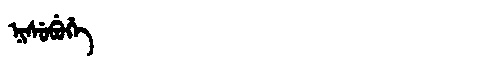
Manchu: ᠨᡳᠰᡠᠪᡠᡥᡝ
Romanization: NISUBUHE